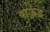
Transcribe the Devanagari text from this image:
वाऊंड